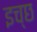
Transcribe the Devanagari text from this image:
इच्छ